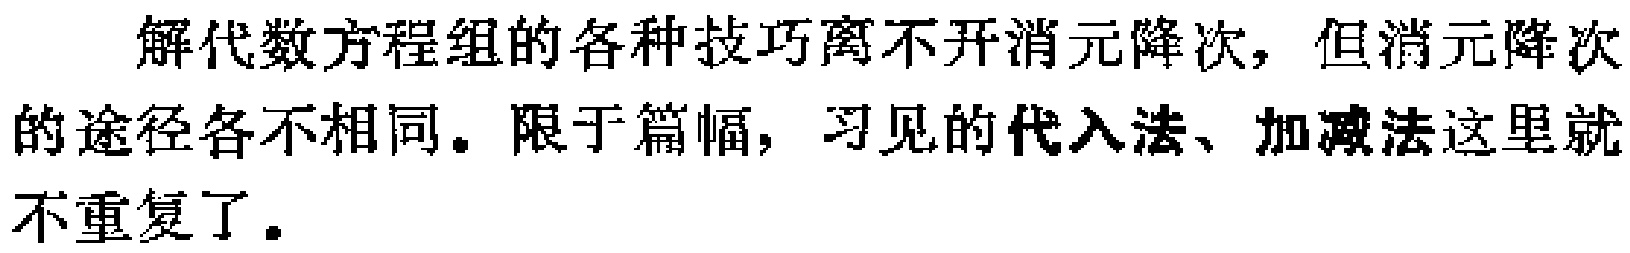
解代数方程组的各种技巧离不开消元降次，但消元降次的途径各不相同。限于篇幅，习见的代入法、加减法这里就不重复了。